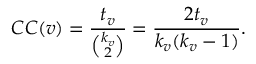
C C ( v ) = \frac { t _ { v } } { \binom { k _ { v } } { 2 } } = \frac { 2 t _ { v } } { k _ { v } ( k _ { v } - 1 ) } .